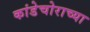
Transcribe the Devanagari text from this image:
कांडेचोराच्या